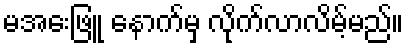
မအေးဖြူ နောက်မှ လိုက်လာလိမ့်မည်။